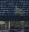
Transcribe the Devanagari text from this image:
नैनमल